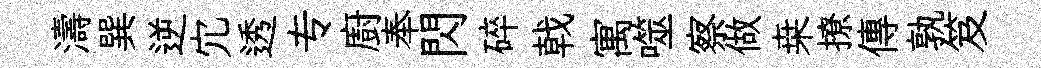
濤巽逆宂透专廚奉閃碎戟寓噬察做桒撩傳孰笈